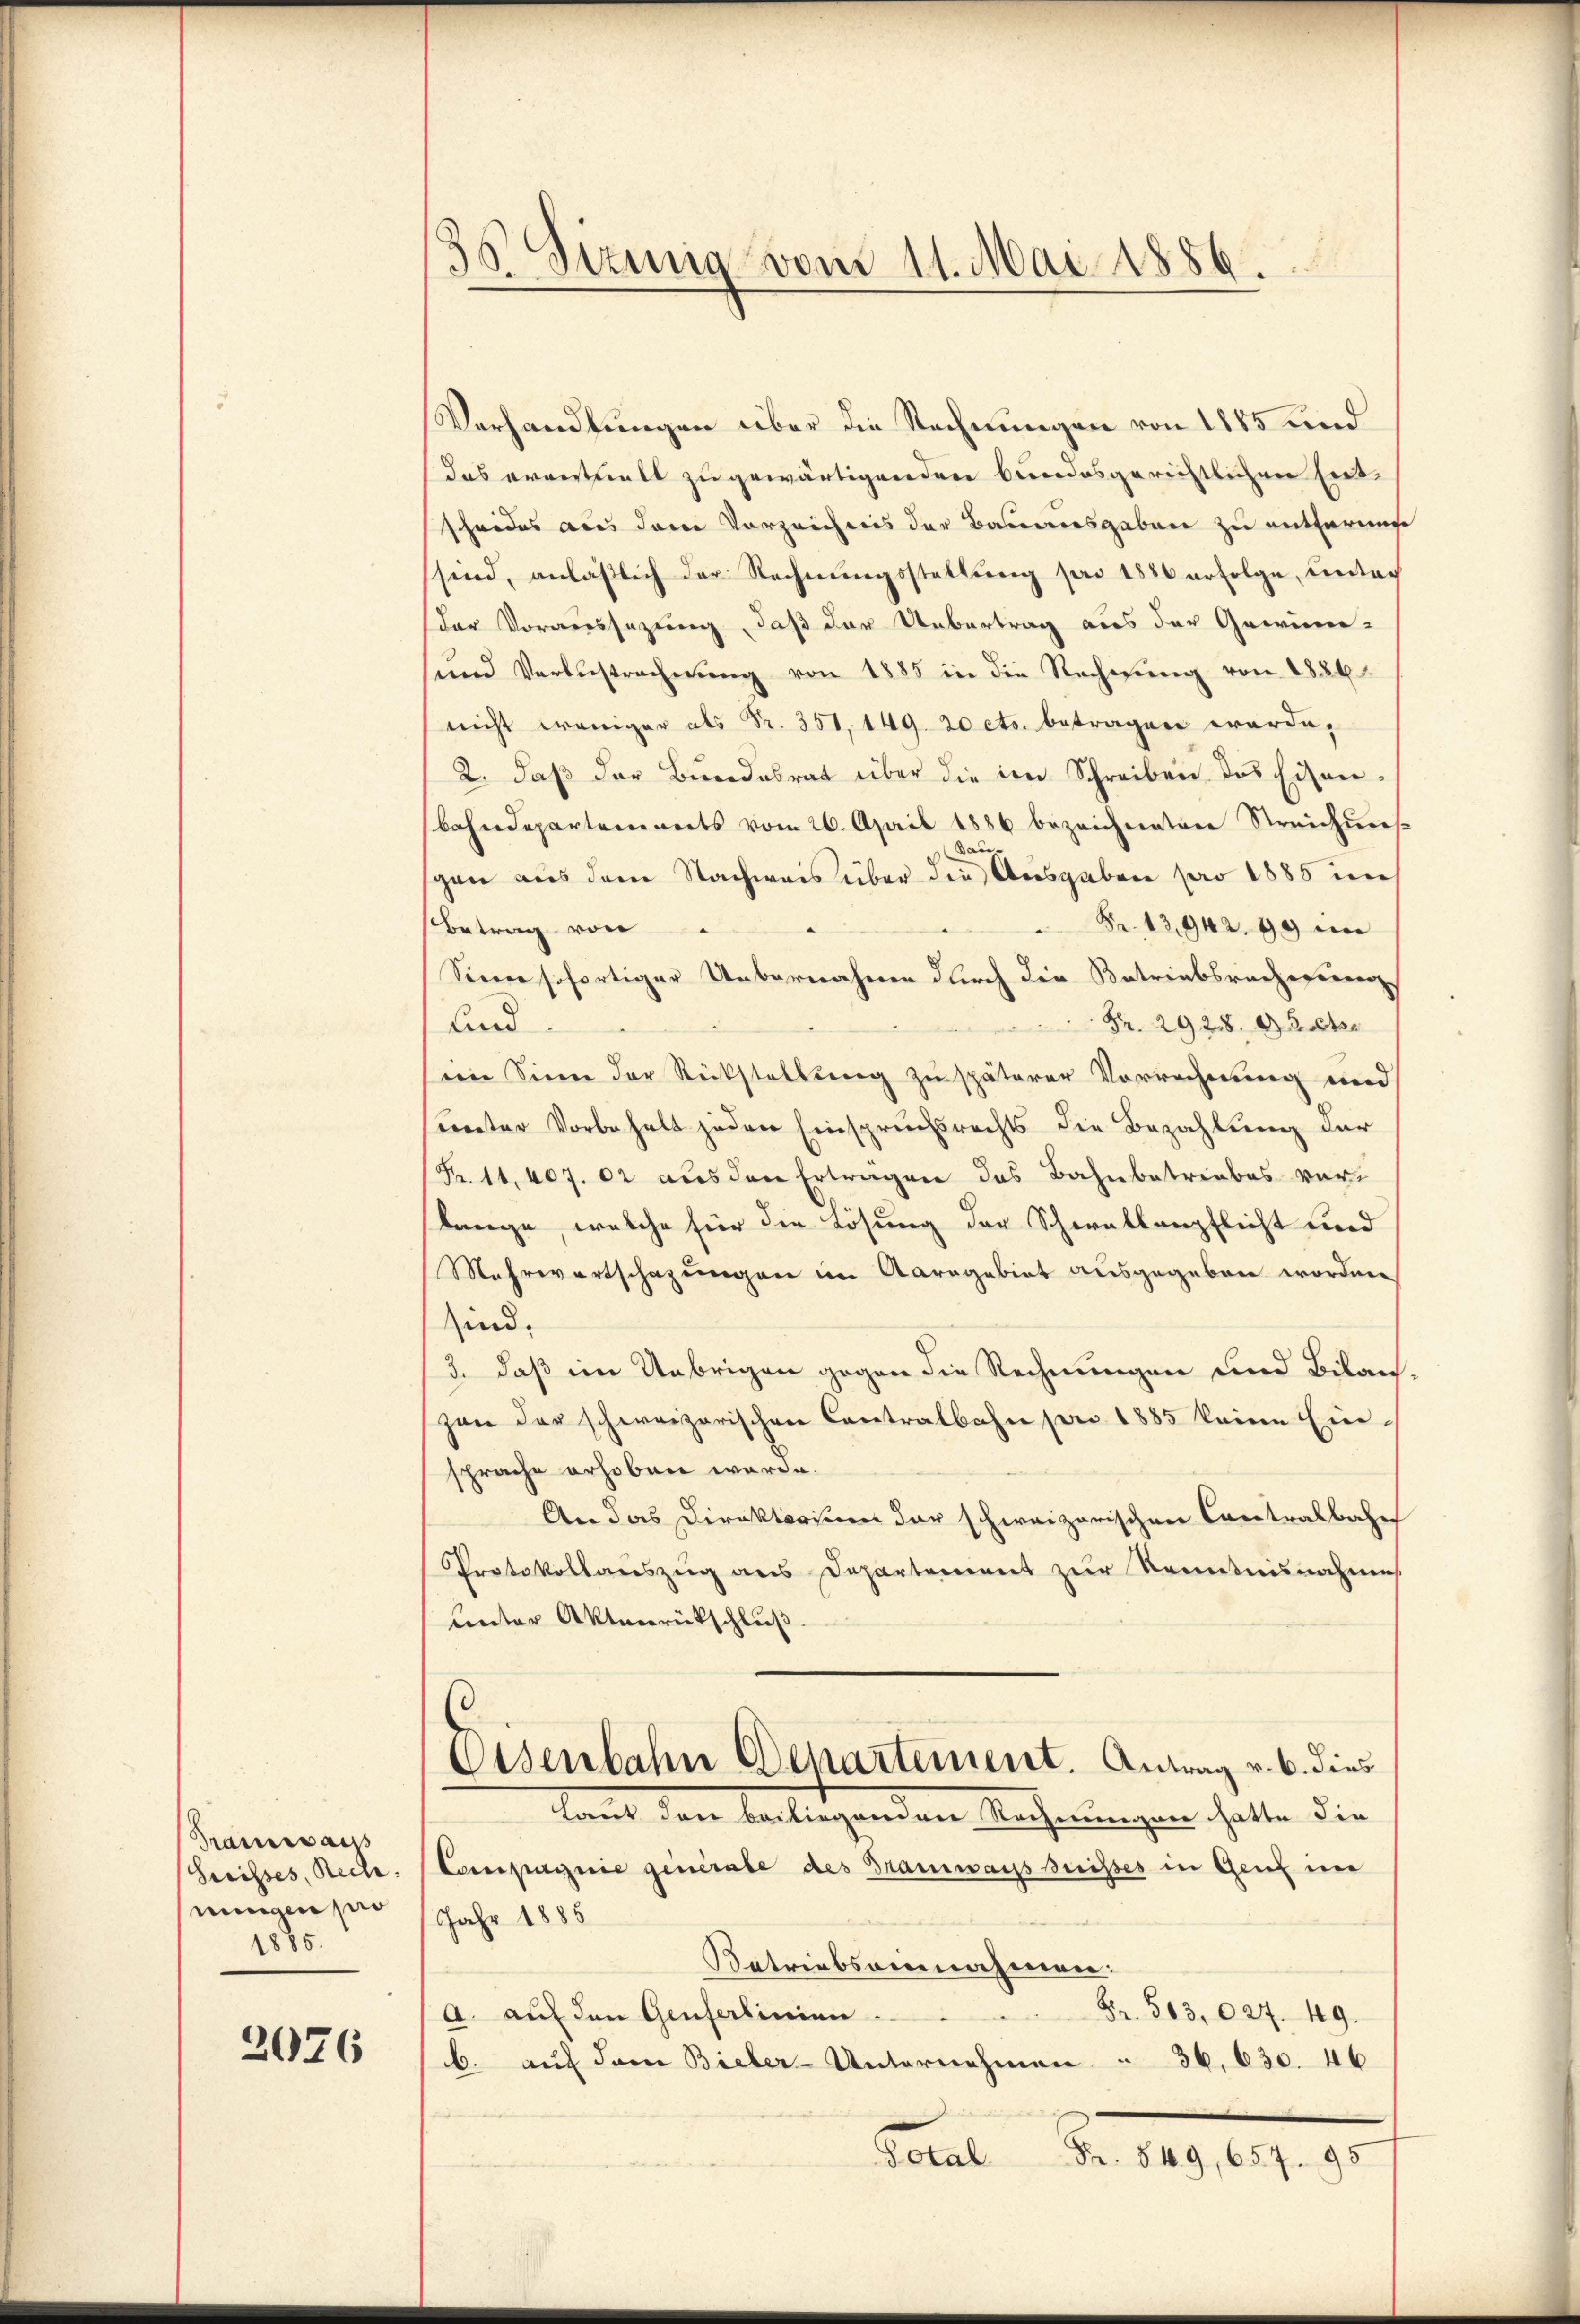
Tramwais
Greisses, Rech
ningen pro
1885.

2076

35. Sizinig vom 11. Mai 1886.

Verhandlungen über die Rechnungen von 1845 und
das erwerthielt zu gewärtigenden bundesgerichtlichen Entscheides aus dem Vorzeichnis der Baumesgaben zu entfarmst
sind, anläßlich der Rechnungsstellung pro 1886 erfolge, unter
der Voraussezung, daß der Uebertrag aus der Gewinne-
sund Verlustrechnung von 1885 in die Rechnung von 1886
nicht weniger als Sr. 351, 149. 20 cts. betragen werde,
2. daβ der Bŭndesrat über die im Schreiben des Eisen-
bahndepartements vom 26. April 1886 bezeichneten Streichuns
gen aus dem Nachweis über die Ausgaben pro 1885 im
 Fr. 13942. 99 in
Betrag von
Sienne sofortiger Uebernahme durch die Betriebsrechereren,
Fr. 2928. 15 t.
und
seine Sinne der Rückstellung zu späterer Vorrechnung und
sunter Vorbehalt jeden Einspruchsrechts die Bezahlung der
Fr. 11, 407. 02 aus den Ertragen das Bahnbetriebes vorlange, welche für die Lösung der Schorallenpflicht und
Mehrwartschazungen im Aaragebiet ausgegeben worden
sind.
3. daß im Uebrigen gegen die Rechnungen und Bilan
zon der schweizerischen Cantralbahn pro 1885 keine Ein-
sprache erhoben werde.
An das Direktorium der schweizerischen Contralbahn
Protokollaŭszŭg ans Departement zŭr Kenntnisnahme
Lnter Aktenrückschluß.
Eisenbahn Departement. Antrag v. 6. dies
Laut den beiliegenden Rechnungen hatte die
Compagnie generale des DramwaysBuisses in Genf im
Jahr 1885
Betriebseinnahmen:
Fr. 563, 27. 49.
A. auf den Genfertinien
b. auf dem Bieler-Unternehmen " 36, 630. 46
Total
Fr. 549, 657. 95